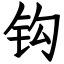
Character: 钩